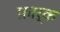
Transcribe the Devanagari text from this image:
फ़ार्क